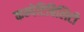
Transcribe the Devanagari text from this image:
कम्पेटिबिलिटी